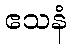
ဧသနံ